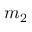
m _ { 2 }